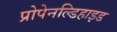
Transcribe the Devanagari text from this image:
प्रोपेनल्डिहाइड